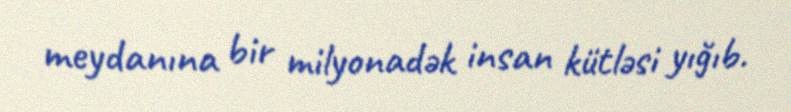
meydanına bir milyonadək insan kütləsi yığıb.